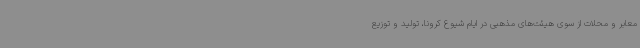
معابر و محلات از سوی هیئت‌های مذهبی در ایام شیوع کرونا، تولید و توزیع